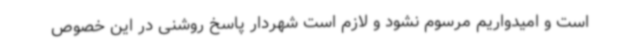
است و امیدواریم مرسوم نشود و لازم است شهردار پاسخ روشنی در این خصوص